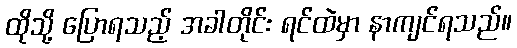
ထိုသို့ ပြောရသည့် အခါတိုင်း ရင်ထဲမှာ နာကျင်ရသည်။